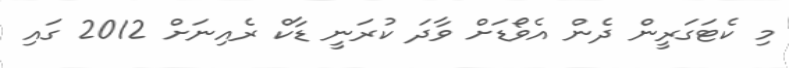
މި ކެޓަގަރީން ދެން އެވޯޑަށް ވާދަ ކުރަނީ ޑާކް ރެއިނަށް 2012 ގައި